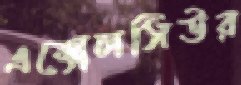
এক্সেলসিউর